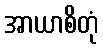
အာယာစိတုံ